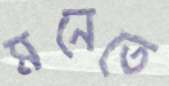
মনেতে